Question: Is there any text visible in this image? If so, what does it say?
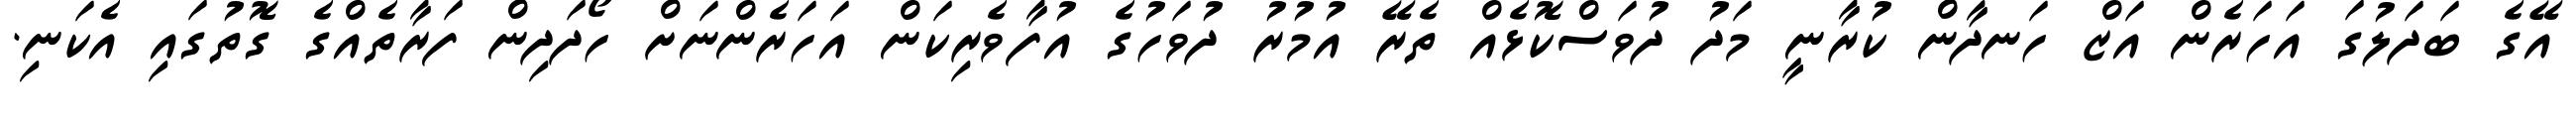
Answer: އޭގެ ބަދަލުގަ އަހަރެން އަޒް ހަނދާން ކުރާނީ މަދު ދުވަސްކޮޅެއް ތެރޭ އުމުރު ދުވަހުގެ އުފާވެރިކަން އަހަރެންނަށް ހޯދަދިން ފަރާތެއްގެ ގޮތުގައި އެކަނި.